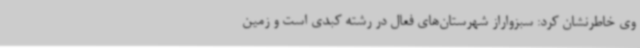
وی خاطرنشان کرد: سبزواراز شهرستان‌های فعال در رشته کبدی است و زمین